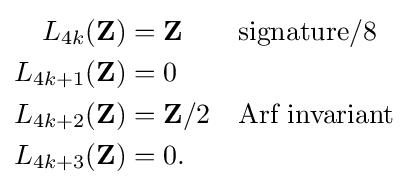
{\begin{aligned}L_{4k}(\mathbf {Z} )&=\mathbf {Z} &&{\text{signature}}/8\\L_{4k+1}(\mathbf {Z} )&=0\\L_{4k+2}(\mathbf {Z} )&=\mathbf {Z} /2&&{\text{Arf invariant}}\\L_{4k+3}(\mathbf {Z} )&=0.\end{aligned}}